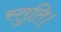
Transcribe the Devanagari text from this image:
स्तुति।